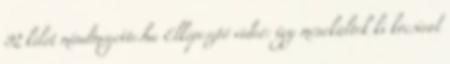
92 kilót mindmegette.hu Elképesztő videó: így menekültek ki kocsival